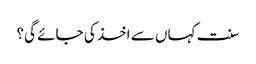
سنت کہاں سے اخذ کی جائے گی؟